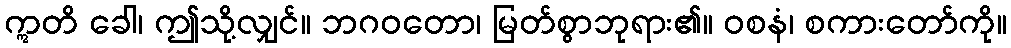
ဣတိ ခေါ၊ ဤသို့လျှင်။ ဘဂဝတော၊ မြတ်စွာဘုရား၏။ ဝစနံ၊ စကားတော်ကို။